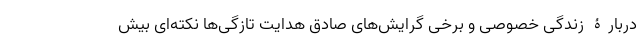
دربارۀ زندگی خصوصی و برخی گرایش‌های صادق هدایت تازگی‌ها نکته‌ای بیش